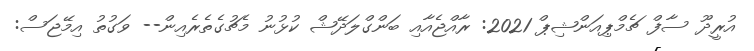
އުރީދޫ ސާފް ޗެމްޕިއަންޝިޕް 2021: ރާއްޖެއާއި ބަންގްލަދޭޝް ކުޅުނު މެޗުގެތެރެއިން-- ވަގުތު އިމޭޖަސް: